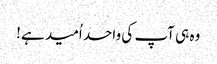
وہ ہی آپ کی واحد اُمید ہے!